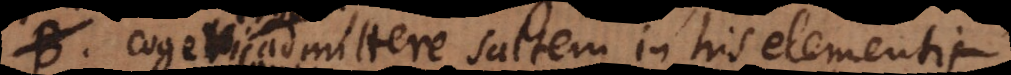
ergo admittere saltem in his elementis